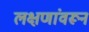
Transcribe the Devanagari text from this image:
लक्षणांवरून